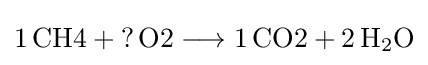
{1\,{\text{CH4}}{}+{}{\mathord {?}}\,{\text{O2}}{}\mathrel {\longrightarrow } {}1\,{\text{CO2}}{}+{}2\,\mathrm {H} {\vphantom {A}}_{\smash[{t}]{2}}\mathrm {O} }